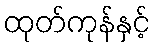
ထုတ်ကုန်နှင့်